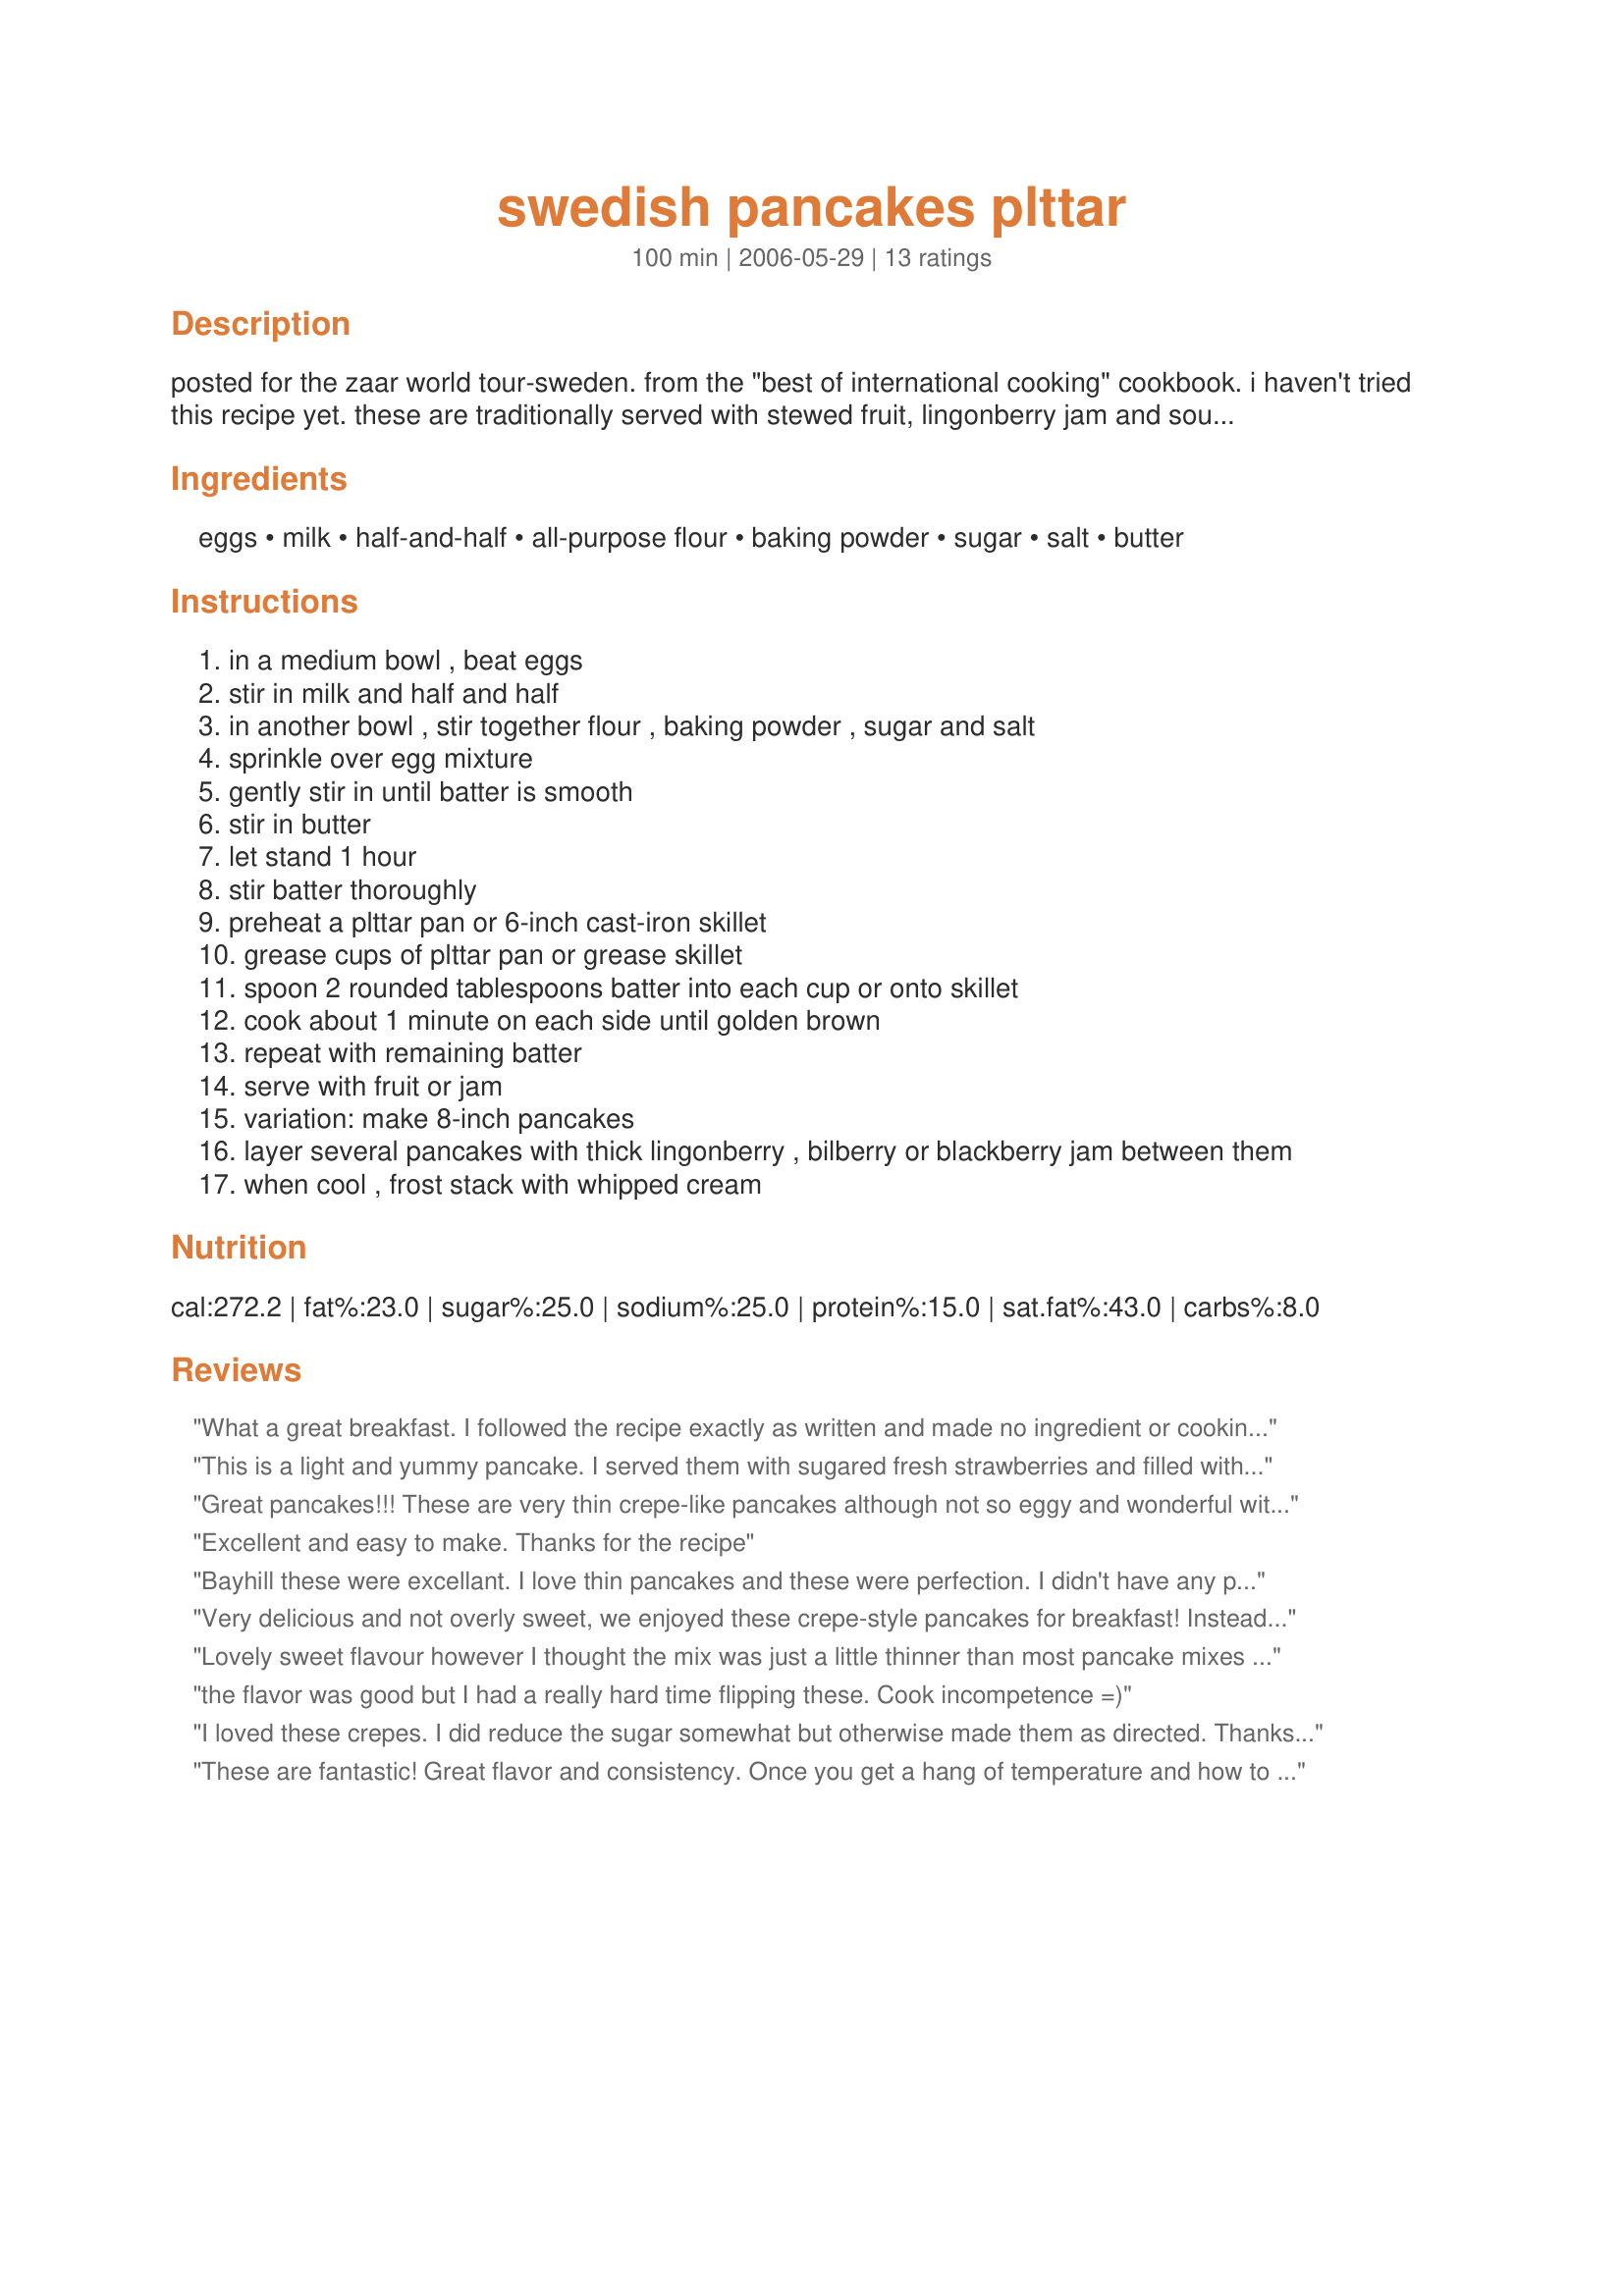
swedish pancakes plttar
Preparation time: 100 minutes

posted for the zaar world tour-sweden.
from the "best of international cooking" cookbook. i haven't tried this recipe yet. these are traditionally served with stewed fruit, lingonberry jam and sour cream.

Ingredients:
eggs, milk, half-and-half, all-purpose flour, baking powder, sugar, salt, butter

Steps:
in a medium bowl , beat eggs
stir in milk and half and half
in another bowl , stir together flour , baking powder , sugar and salt
sprinkle over egg mixture
gently stir in until batter is smooth
stir in butter
let stand 1 hour
stir batter thoroughly
preheat a plttar pan or 6-inch cast-iron skillet
grease cups of plttar pan or grease skillet
spoon 2 rounded tablespoons batter into each cup or onto skillet
cook about 1 minute on each side until golden brown
repeat with remaining batter
serve with fruit or jam
variation: make 8-inch pancakes
layer several pancakes with thick lingonberry , bilberry or blackberry jam between them
when cool , frost stack with whipped cream

Reviews:
What a great breakfast. I followed the recipe exactly as written and made no ingredient or cooking adjustments, and it worked out great. For easy preparation, I stuffed a bit of jam in the center and folded each Swedish Pancake in half (instead of rolling), and they were so good. The kids liked a dollop of whipped cream on top, but they're so good even without that added touch. It's a really easy recipe to make, too. Thanks for sharing your recipe, Bayhill. We loved them!
This is a light and yummy pancake. I served them with sugared fresh strawberries and filled with cheese for ZWT 6. Very tasty, thanks Bayhill.
Great pancakes!!! These are very thin crepe-like pancakes although not so eggy and wonderful with the fresh sweetened strawberries and whipped cream that I had on mine!! I don't think I have made a pancake recipe that calls for it to sit for an hour, but I did so and it was a little foamy until I then mixed it up again. Served these with some sausage patties for a wonderful brunch!! Thanks for sharing the recipe and congrats again on your football win!!!
Excellent and easy to make. Thanks for the recipe
Bayhill these were excellant. I love thin pancakes and these were perfection. I didn't have any problems with the batter. I did let it sit on the counter for 30 minutes while I finished preparing breakfast. I served these sweet, flavorful pancakes filled and garnished with whipped cream and lingonberries. It tasted like dessert. The cream mellowed the tart and tangy little cranberries. I will make these again. Thanks so much for sharing this tasty treat.
Very delicious and not overly sweet, we enjoyed these crepe-style pancakes for breakfast! Instead of lingonberry jam we folded raspberry preserves into them then topped with whipped cream and a bit of sifted powdered sugar. The recipe made 2 cups batter or 8 eight-inch crepes which puffed nicely as they cooked. It was made and much enjoyed for breakfast the first day of Zaar World Tour II ~ Thanks!
Lovely sweet flavour however I thought the mix was just a little thinner than most pancake mixes which made them a bit harder to handle and cook evenly. I've just dropped back in to revise my rating however - I've just discovered the thermostat on the hotplate I used has failed and running way too hot which was no doubt my main problem. Will have to try them again soon on a different hotplate!
the flavor was good but I had a really hard time flipping these. Cook incompetence =)
I loved these crepes. I did reduce the sugar somewhat but otherwise made them as directed. Thanks for sharing.
These are fantastic! Great flavor and consistency. Once you get a hang of temperature and how to get them out of a regular saute pan, things move faster and cooking them is easier.I also sprayed a little cooking spray in the pan before putting in any of the batter and that helped in getting them out of the pan easier. My kids loved them and have already asked me to make them again. This will absolutely be made again in our house! Thank you for posting this!
These are the best! I could eat the whole platter. I made the batter in my blender, and then rested it for an hour on the counter before cooking. This recipe yielded about 20-22 6" pancakes. These are delicious with just a little preserves. I definitely will be making these again!
These were excellent! These were very rich and filling and taste good with everything. I subbed whole wheat flour for regular flour and soymilk for milk. We ate these with blackberry preserves, whipped cream, powdered sugar, butter and some other things. Enjoyed by all and definitely a keeper. Made for ZWT6 Family Picks.
I am not the worlds best pancake maker, so I took a previous reviewers idea, and mixed the batter in a blender, that worked out well. Ended up with light, fluffy pancakes, that we really enjoyed. Used one of my Applesauce apple butter recipes for these. Served these with some cooked apple slices, and ended up with 16 (8 inch) pancakes that made for an enjoyable breakfast. Tagged and made for your win in Football Pool.
